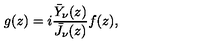
g ( z ) = i \frac { \bar { Y } _ { \nu } ( z ) } { \bar { J } _ { \nu } ( z ) } f ( z ) ,